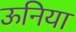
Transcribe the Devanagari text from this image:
ऊनिया